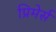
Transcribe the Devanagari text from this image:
प्रिमेर्स